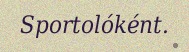
Sportolóként.